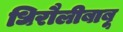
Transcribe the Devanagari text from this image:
धिरौलीबाबू